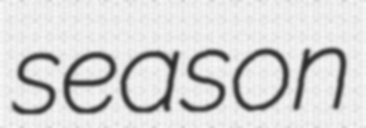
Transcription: season